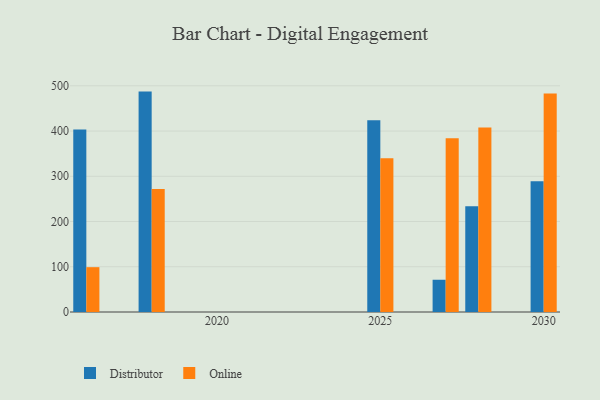
{"axis": {"x": "Year", "y": "Revenue (USD Million)"}, "legend": ["Distributor", "Online"], "data": [{"x": "2027", "y": 71.3, "type": "Distributor"}, {"x": "2027", "y": 384.3, "type": "Online"}, {"x": "2018", "y": 487.2, "type": "Distributor"}, {"x": "2018", "y": 271.7, "type": "Online"}, {"x": "2025", "y": 424.1, "type": "Distributor"}, {"x": "2025", "y": 339.8, "type": "Online"}, {"x": "2030", "y": 288.9, "type": "Distributor"}, {"x": "2030", "y": 483.1, "type": "Online"}, {"x": "2016", "y": 403.2, "type": "Distributor"}, {"x": "2016", "y": 99.1, "type": "Online"}, {"x": "2028", "y": 233.6, "type": "Distributor"}, {"x": "2028", "y": 408.1, "type": "Online"}]}